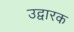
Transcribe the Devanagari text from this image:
उद्वारक